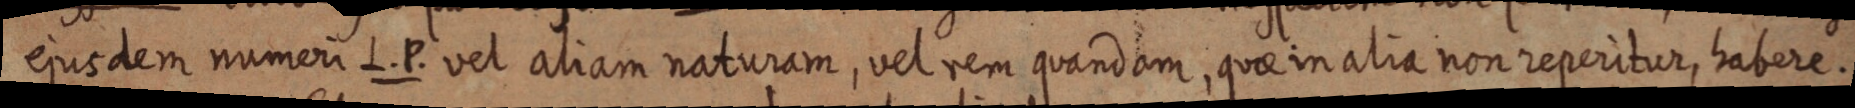
ejusdem numeri L. P. vel aliam naturam, vel rem quandam, quae in alia non reperitur, habere.